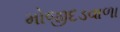
મોજીદડવાળા